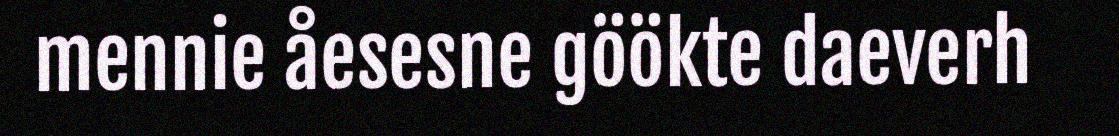
mennie åesesne göökte daeverh